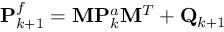
\mathbf { P } _ { k + 1 } ^ { f } = \mathbf { M } \mathbf { P } _ { k } ^ { a } \mathbf { M } ^ { T } + \mathbf { Q } _ { k + 1 }